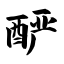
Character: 酽